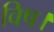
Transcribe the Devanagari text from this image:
विष।